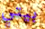
بيتي